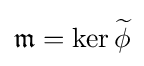
{\mathfrak {m}}=\operatorname {ker} {\widetilde {\phi }}